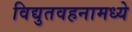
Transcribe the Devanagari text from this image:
विद्युतवहनामध्ये